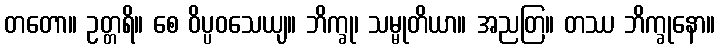
တတော။ ဥတ္တရိ။ စေ ဝိပ္ပဝသေယျ။ ဘိက္ခု၊ သမ္မုတိယာ။ အညတြ။ တဿ ဘိက္ခုနော။